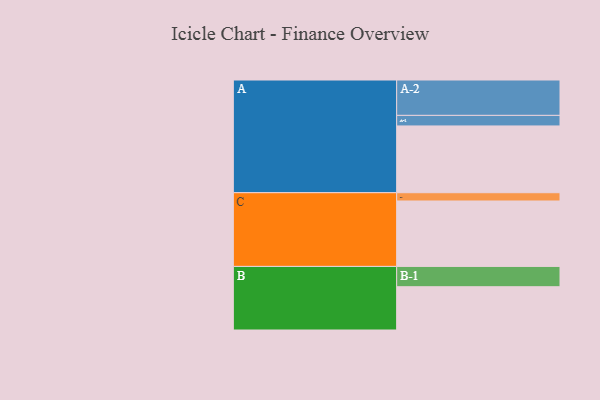
{"axis": {"x": "Segment", "y": "Value"}, "legend": ["", "A", "B", "C"], "data": [{"x": "A", "y": 500, "type": ""}, {"x": "B", "y": 324, "type": ""}, {"x": "C", "y": 490, "type": ""}, {"x": "A-1", "y": 79, "type": "A"}, {"x": "A-2", "y": 265, "type": "A"}, {"x": "B-1", "y": 152, "type": "B"}, {"x": "C-1", "y": 62, "type": "C"}]}